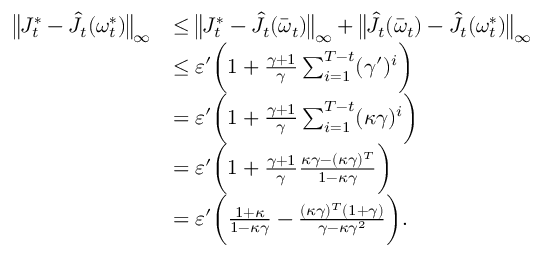
\begin{array} { r l } { \bigl \| J _ { t } ^ { * } - \hat { J } _ { t } ( \boldsymbol { \omega } _ { t } ^ { * } ) \bigr \| _ { \infty } } & { \leq \bigl \| J _ { t } ^ { * } - \hat { J } _ { t } ( \bar { \boldsymbol { \omega } } _ { t } ) \bigr \| _ { \infty } + \bigl \| \hat { J } _ { t } ( \bar { \boldsymbol { \omega } } _ { t } ) - \hat { J } _ { t } ( \boldsymbol { \omega } _ { t } ^ { * } ) \bigr \| _ { \infty } } \\ & { \leq \varepsilon ^ { \prime } \biggl ( 1 + \frac { \gamma + 1 } { \gamma } \sum _ { i = 1 } ^ { T - t } ( \gamma ^ { \prime } ) ^ { i } \biggr ) } \\ & { = \varepsilon ^ { \prime } \biggl ( 1 + \frac { \gamma + 1 } { \gamma } \sum _ { i = 1 } ^ { T - t } ( \kappa \gamma ) ^ { i } \biggr ) } \\ & { = \varepsilon ^ { \prime } \biggl ( 1 + \frac { \gamma + 1 } { \gamma } \frac { \kappa \gamma - ( \kappa \gamma ) ^ { T } } { 1 - \kappa \gamma } \biggr ) } \\ & { = \varepsilon ^ { \prime } \biggl ( \frac { 1 + \kappa } { 1 - \kappa \gamma } - \frac { ( \kappa \gamma ) ^ { T } ( 1 + \gamma ) } { \gamma - \kappa \gamma ^ { 2 } } \biggr ) . } \end{array}